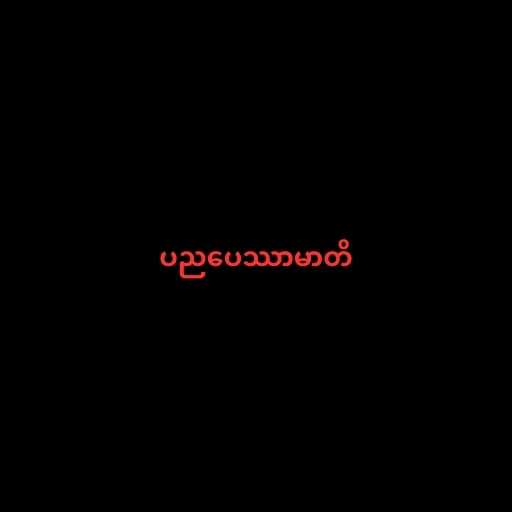
ပညပေဿာမာတိ